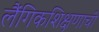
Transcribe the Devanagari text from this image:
लैंगिकशिक्षणाची